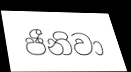
ජීනිවා